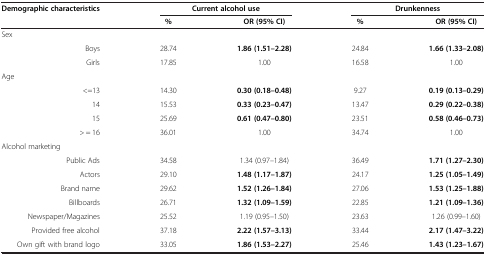
| <ROWSPAN=2> Demographic characteristics | <COLSPAN=2> Current alcohol use | <COLSPAN=2> Drunkenness |
 | % | OR (95% CI) | % | OR (95% CI) |
 | --- | --- | --- | --- | --- |
 | Sex |  |  |  |  |
 | Boys | 28.74 | 1.86 (1.51–2.28) | 24.84 | 1.66 (1.33–2.08) |
 | Girls | 17.85 | 1.00 | 16.58 | 1.00 |
 | Age |  |  |  |  |
 | <=13 | 14.30 | 0.30 (0.18–0.48) | 9.27 | 0.19 (0.13–0.29) |
 | 14 | 15.53 | 0.33 (0.23–0.47) | 13.47 | 0.29 (0.22–0.38) |
 | 15 | 25.69 | 0.61 (0.47–0.80) | 23.51 | 0.58 (0.46–0.73) |
 | > = 16 | 36.01 | 1.00 | 34.74 | 1.00 |
 | Alcohol marketing |  |  |  |  |
 | Public Ads | 34.58 | 1.34 (0.97–1.84) | 36.49 | 1.71 (1.27–2.30) |
 | Actors | 29.10 | 1.48 (1.17–1.87) | 24.17 | 1.25 (1.05–1.49) |
 | Brand name | 29.62 | 1.52 (1.26–1.84) | 27.06 | 1.53 (1.25–1.88) |
 | Billboards | 26.71 | 1.32 (1.09–1.59) | 22.85 | 1.21 (1.09–1.36) |
 | Newspaper/Magazines | 25.52 | 1.19 (0.95–1.50) | 23.63 | 1.26 (0.99–1.60) |
 | Provided free alcohol | 37.18 | 2.22 (1.57–3.13) | 33.44 | 2.17 (1.47–3.22) |
 | Own gift with brand logo | 33.05 | 1.86 (1.53–2.27) | 25.46 | 1.43 (1.23–1.67) |